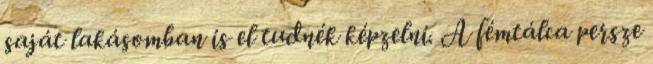
saját lakásomban is el tudnék képzelni. A fémtálca persze